65_HS1-834228961_62-HQ-83894_Serial_164
Agency: FBI
Page 28
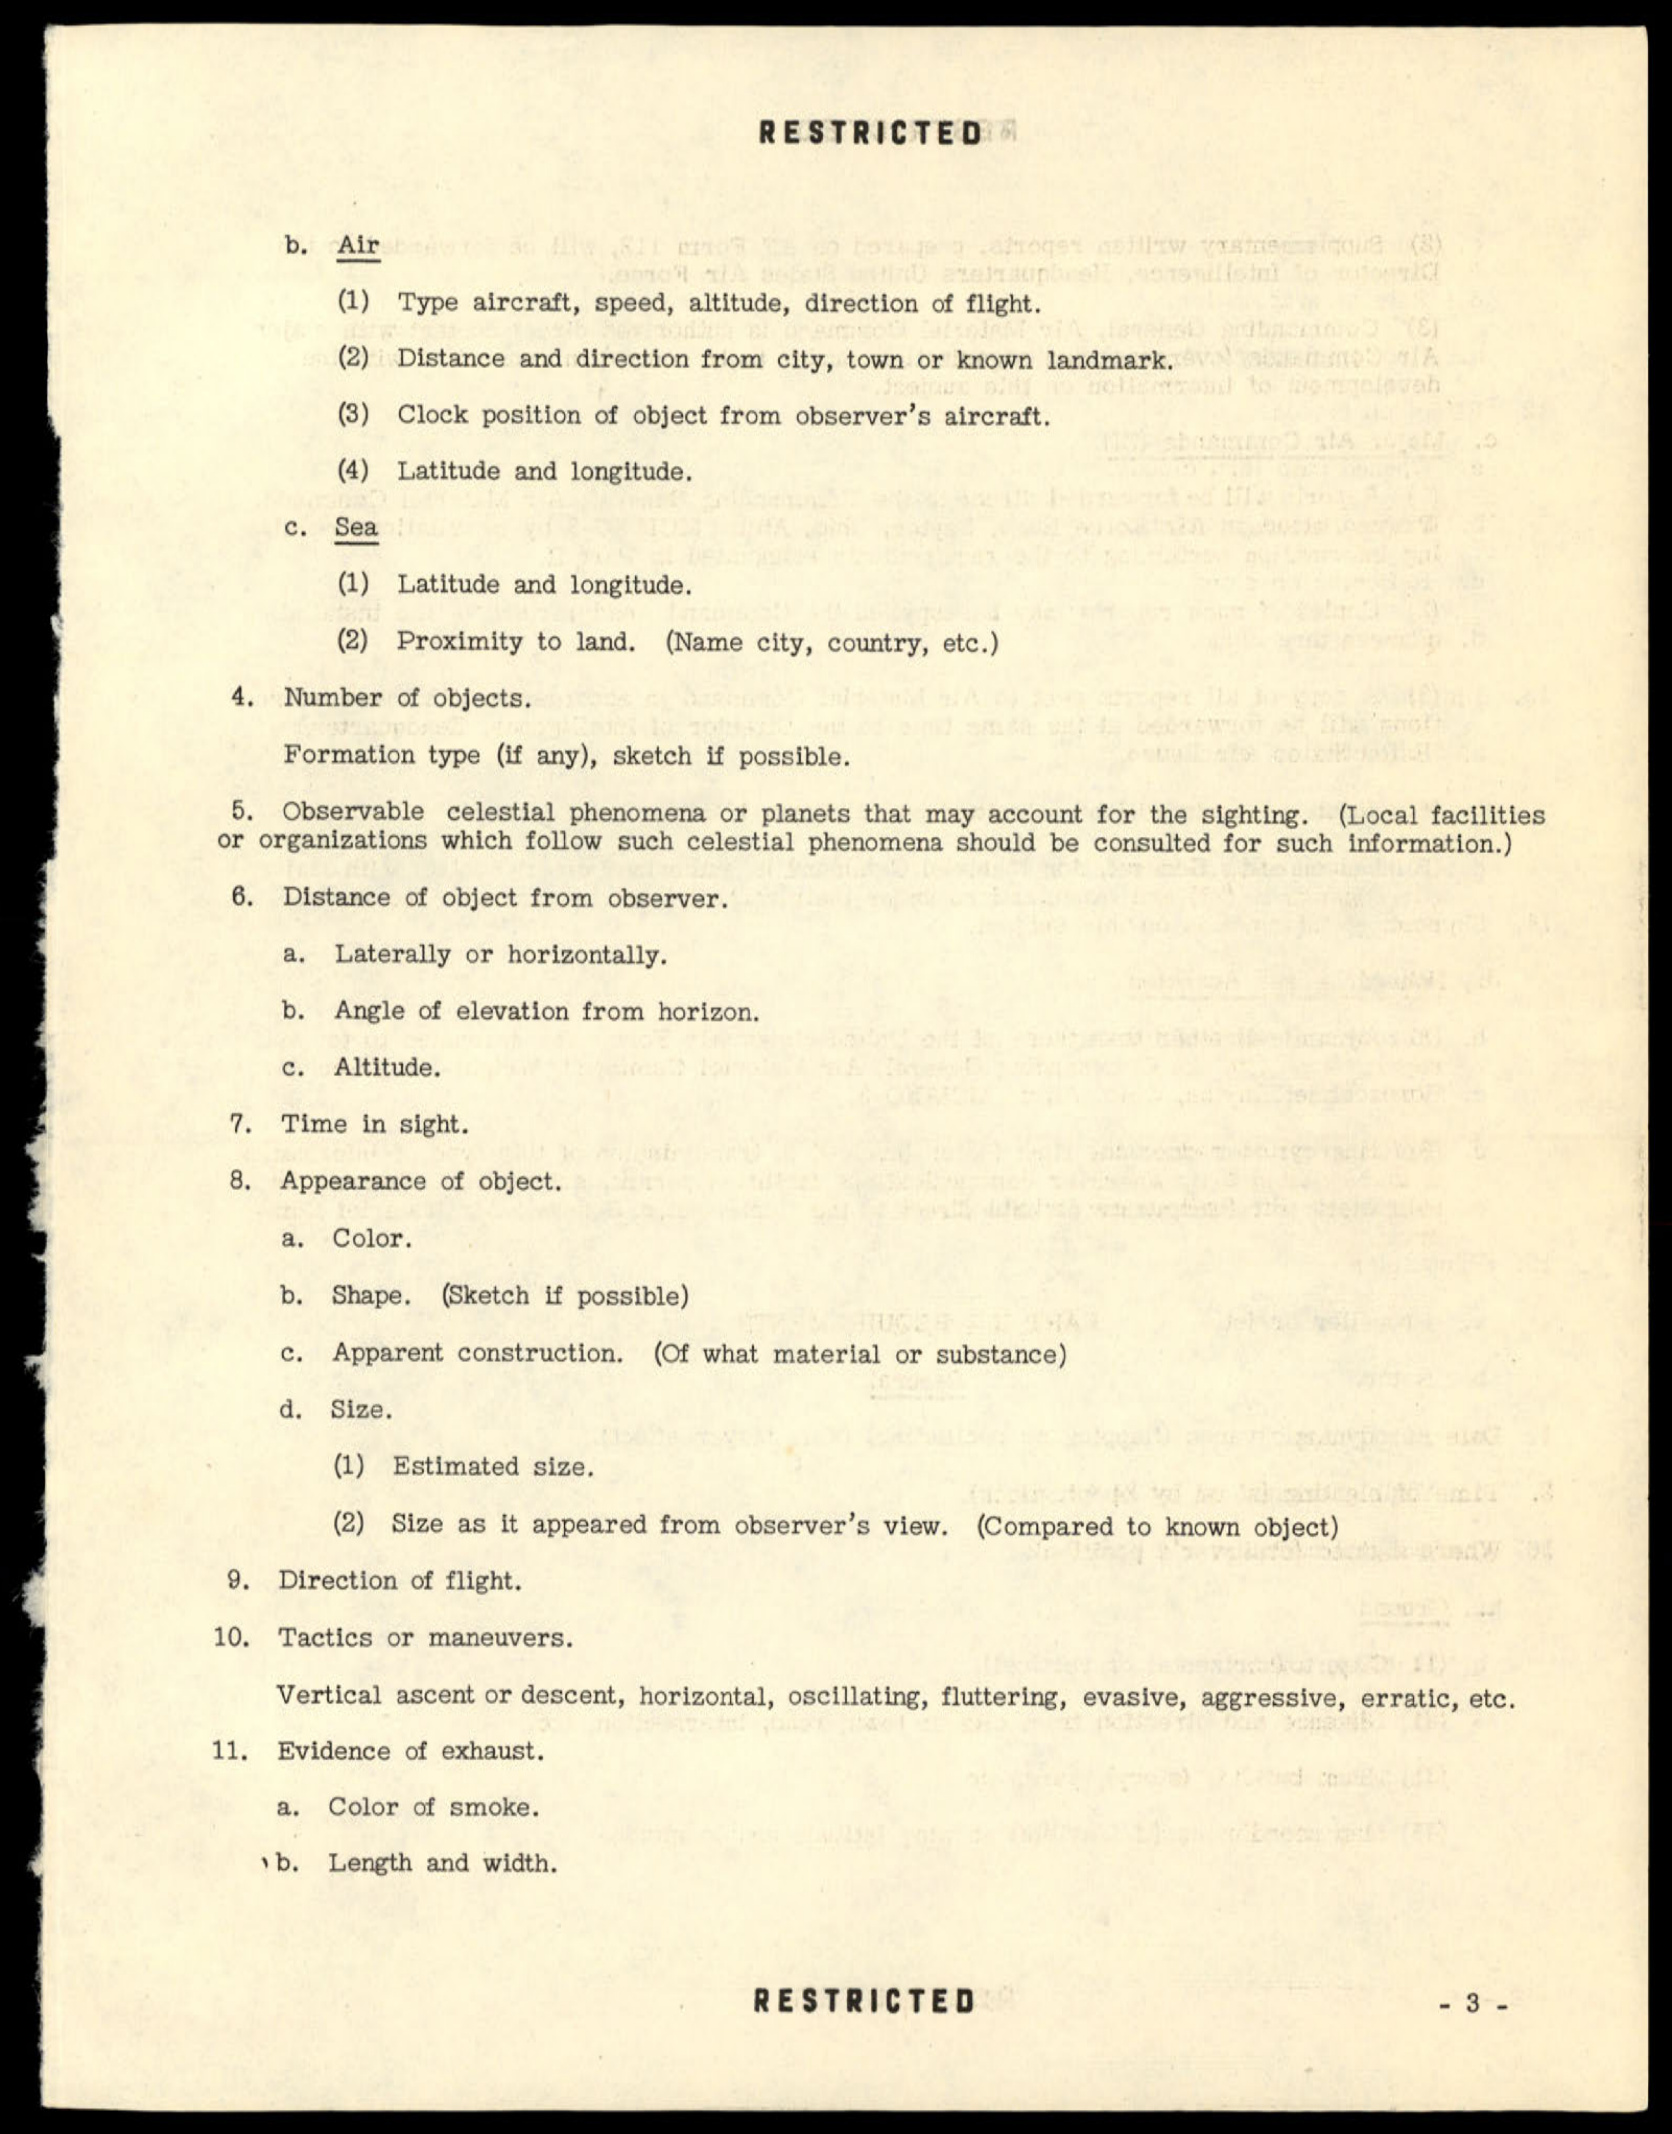